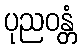
ပုညဝန္တံ